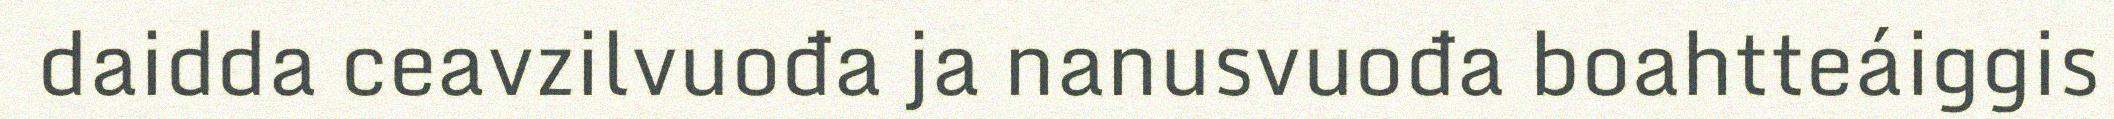
daidda ceavzilvuođa ja nanusvuođa boahtteáiggis